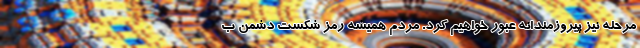
مرحله نیز پیروزمندانه عبور خواهیم کرد. مردم همیشه رمز شکست دشمن ب